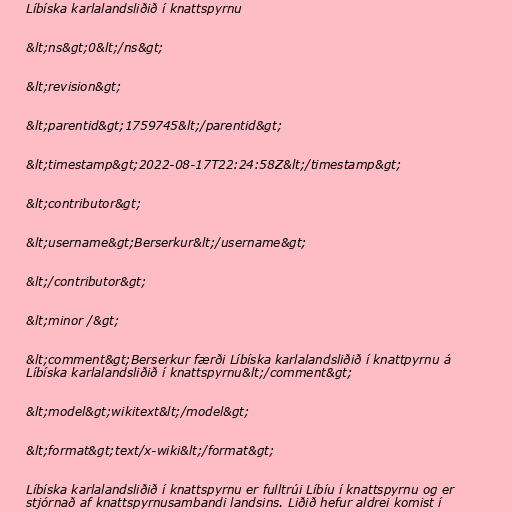
Líbíska karlalandsliðið í knattspyrnu

&lt;ns&gt;0&lt;/ns&gt;

&lt;revision&gt;

&lt;parentid&gt;1759745&lt;/parentid&gt;

&lt;timestamp&gt;2022-08-17T22:24:58Z&lt;/timestamp&gt;

&lt;contributor&gt;

&lt;username&gt;Berserkur&lt;/username&gt;

&lt;/contributor&gt;

&lt;minor /&gt;

&lt;comment&gt;Berserkur færði Líbíska karlalandsliðið í knattpyrnu á
Líbíska karlalandsliðið í knattspyrnu&lt;/comment&gt;

&lt;model&gt;wikitext&lt;/model&gt;

&lt;format&gt;text/x-wiki&lt;/format&gt;

Líbíska karlalandsliðið í knattspyrnu er fulltrúi Líbíu í knattspyrnu og er
stjórnað af knattspyrnusambandi landsins. Liðið hefur aldrei komist í